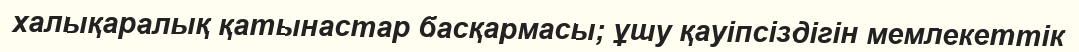
халықаралық қатынастар басқармасы; ұшу қауіпсіздігін мемлекеттік